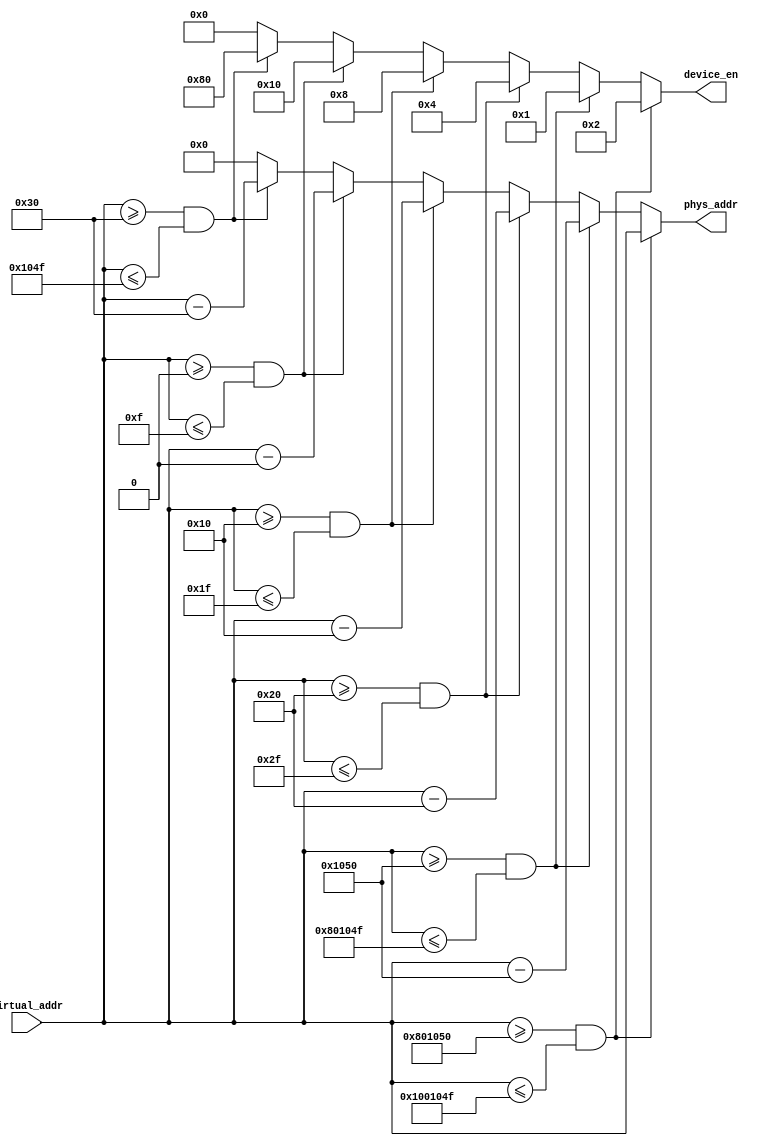
module BusAddressTranslator #(parameter ADDR_WIDTH = 32,
                              parameter NUM_DEVICES = 8)
                             (input [ADDR_WIDTH-1:0] virtual_addr,
                              output reg [ADDR_WIDTH-1:0] phys_addr,
                              output reg [NUM_DEVICES-1:0] device_en);

// Define address ranges here
// ACP - 16 x 16 bits = 32 bytes
parameter ACP_LOW = 32'h00000000;
parameter ACP_HIGH = 32'h0000000F;
parameter ACP_ID = 4;

// PS2 - 16 x 16 bits = 32 bytes
parameter PS2_LOW  = 32'h00000010;
parameter PS2_HIGH = 32'h0000001F;
parameter PS2_ID = 3;

// VGA  - 16 x 16 bits = 32 bytes
parameter VGA_LOW  = 32'h00000020;
parameter VGA_HIGH = 32'h0000002F;
parameter VGA_ID = 2;

// CPU registers and instruction memory - 32 x 32 bits + 4096 x 32 bits
parameter CPU_LOW =  32'h00000030;
parameter CPU_HIGH = 32'h0000104F;
parameter CPU_ID = 7;

// RAM - 8M x 16 bits = 16MB
parameter RAM_LOW  = 32'h00001050;
parameter RAM_HIGH = 32'h0080104F;
parameter RAM_ID = 0;

// ROM - 8M x 16 bits = 16MB
parameter ROM_LOW  = 32'h00801050;
parameter ROM_HIGH = 32'h0100104F;
parameter ROM_ID = 1;

always@(*) begin
    if (virtual_addr >= ROM_LOW && virtual_addr <= ROM_HIGH) begin
        phys_addr <= virtual_addr;
        device_en <= ( 1 << ROM_ID);
    end
    else if (virtual_addr >= RAM_LOW && virtual_addr <= RAM_HIGH) begin
        phys_addr <= virtual_addr - RAM_LOW;
        device_en <= ( 1 << RAM_ID);
    end
    else if (virtual_addr >= VGA_LOW && virtual_addr <= VGA_HIGH) begin
        phys_addr <= virtual_addr - VGA_LOW;
        device_en <= ( 1 << VGA_ID);
    end
    else if (virtual_addr >= PS2_LOW && virtual_addr <= PS2_HIGH) begin
        phys_addr <= virtual_addr - PS2_LOW;
        device_en <= ( 1 << PS2_ID);
    end
    else if (virtual_addr >= ACP_LOW && virtual_addr <= ACP_HIGH) begin
        phys_addr <= virtual_addr - ACP_LOW;
        device_en <= ( 1 << ACP_ID);
    end
    else if (virtual_addr >= CPU_LOW && virtual_addr <= CPU_HIGH) begin
        phys_addr <= virtual_addr - CPU_LOW;
        device_en <= ( 1 << CPU_ID);
    end
    else begin
        phys_addr <= 0;
        device_en <= 0;
    end
end
endmodule